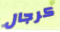
كرجال